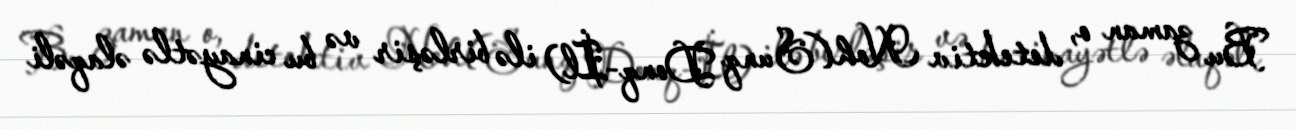
Bu zaman o, detektiv Noh(Sunq Donq-İl) ilə birləşir və bu cinayətlə əlaqəli